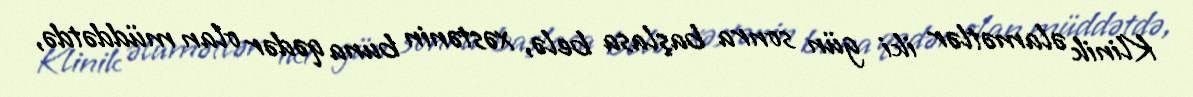
Klinik əlamətlər iki gün sonra başlasa belə, xəstənin buna qədər olan müddətdə,